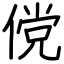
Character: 傥